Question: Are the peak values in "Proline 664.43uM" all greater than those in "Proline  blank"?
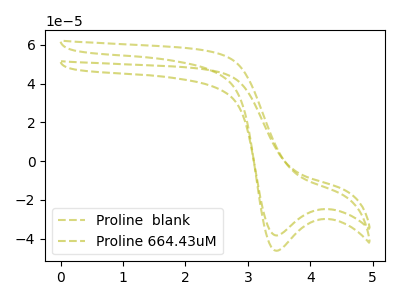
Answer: <think>The olive dashed curve "Proline  blank" has a cathodic peak at: (3.45V, -46.30uA). The olive dashed curve "Proline 664.43uM" has a cathodic peak at: (3.45V, -38.40uA).</think>
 <answer>Every peak in "Proline 664.43uM" is lower than every peak in "Proline  blank".</answer>
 <eval>lower</eval>